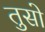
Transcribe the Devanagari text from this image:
तुसो